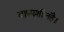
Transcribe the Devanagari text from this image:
वाष्पशीलहै।